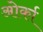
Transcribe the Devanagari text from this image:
ओर्का